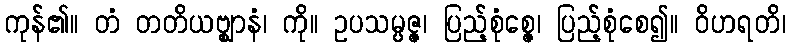
ကုန်၏။ တံ တတိယဗ္ဈာနံ၊ ကို။ ဥပသမ္ပဇ္ဇ၊ ပြည့်စုံစ္ဇေ၊ ပြည့်စုံစေ၍။ ဝိဟရတိ၊